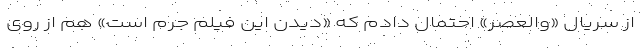
از سریال «والعصر» احتمال دادم که «دیدن این فیلم جرم است» هم از روی